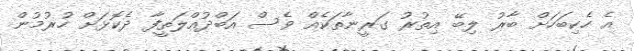
އެ ހެކިބަހަށް ބާރު ލިބޭ އިތުރު ގަރީނާތަކެއް ވެސް އަބްދުއްލަތީފާ ދެކޮޅަށް ހުރުމުން